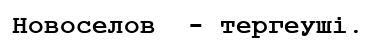
Новоселов  - тергеуші.